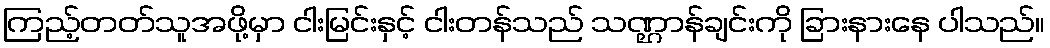
ကြည့်တတ်သူအဖို့မှာ ငါးမြင်းနှင့် ငါးတန်သည် သဏ္ဌာန်ချင်းကို ခြားနားနေ ပါသည်။